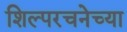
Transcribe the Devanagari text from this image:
शिल्परचनेच्या